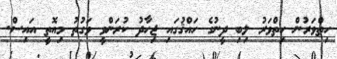
ހިތްވަރުން ހިތްވަރު ލިބި ދީނުގެ ހައްޤުގައި ޖިހާދު ކުރަންވީ ވަގުތު މިއޮތީ އައިސް.